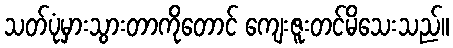
သတ်ပုံမှားသွားတာကိုတောင် ကျေးဇူးတင်မိသေးသည်။